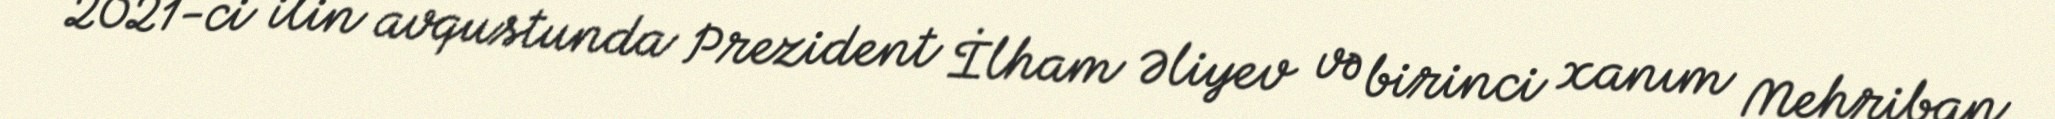
2021-ci ilin avqustunda Prezident İlham Əliyev və birinci xanım Mehriban